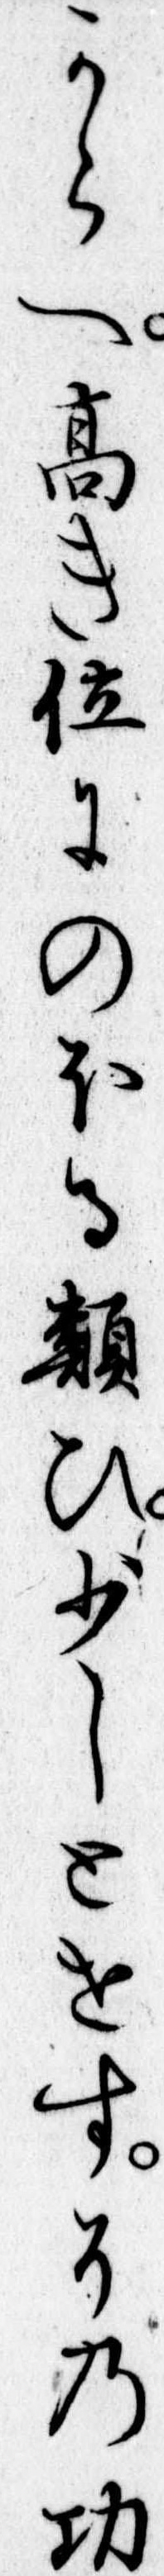
からへ高き位にのほる類ひ少しとせすその功